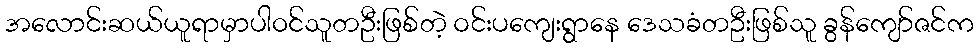
အလောင်းဆယ်ယူရာမှာပါဝင်သူတဦးဖြစ်တဲ့ ဝင်းပကျေးရွာနေ ဒေသခံတဦးဖြစ်သူ ခွန်ကျော်ဇင်က